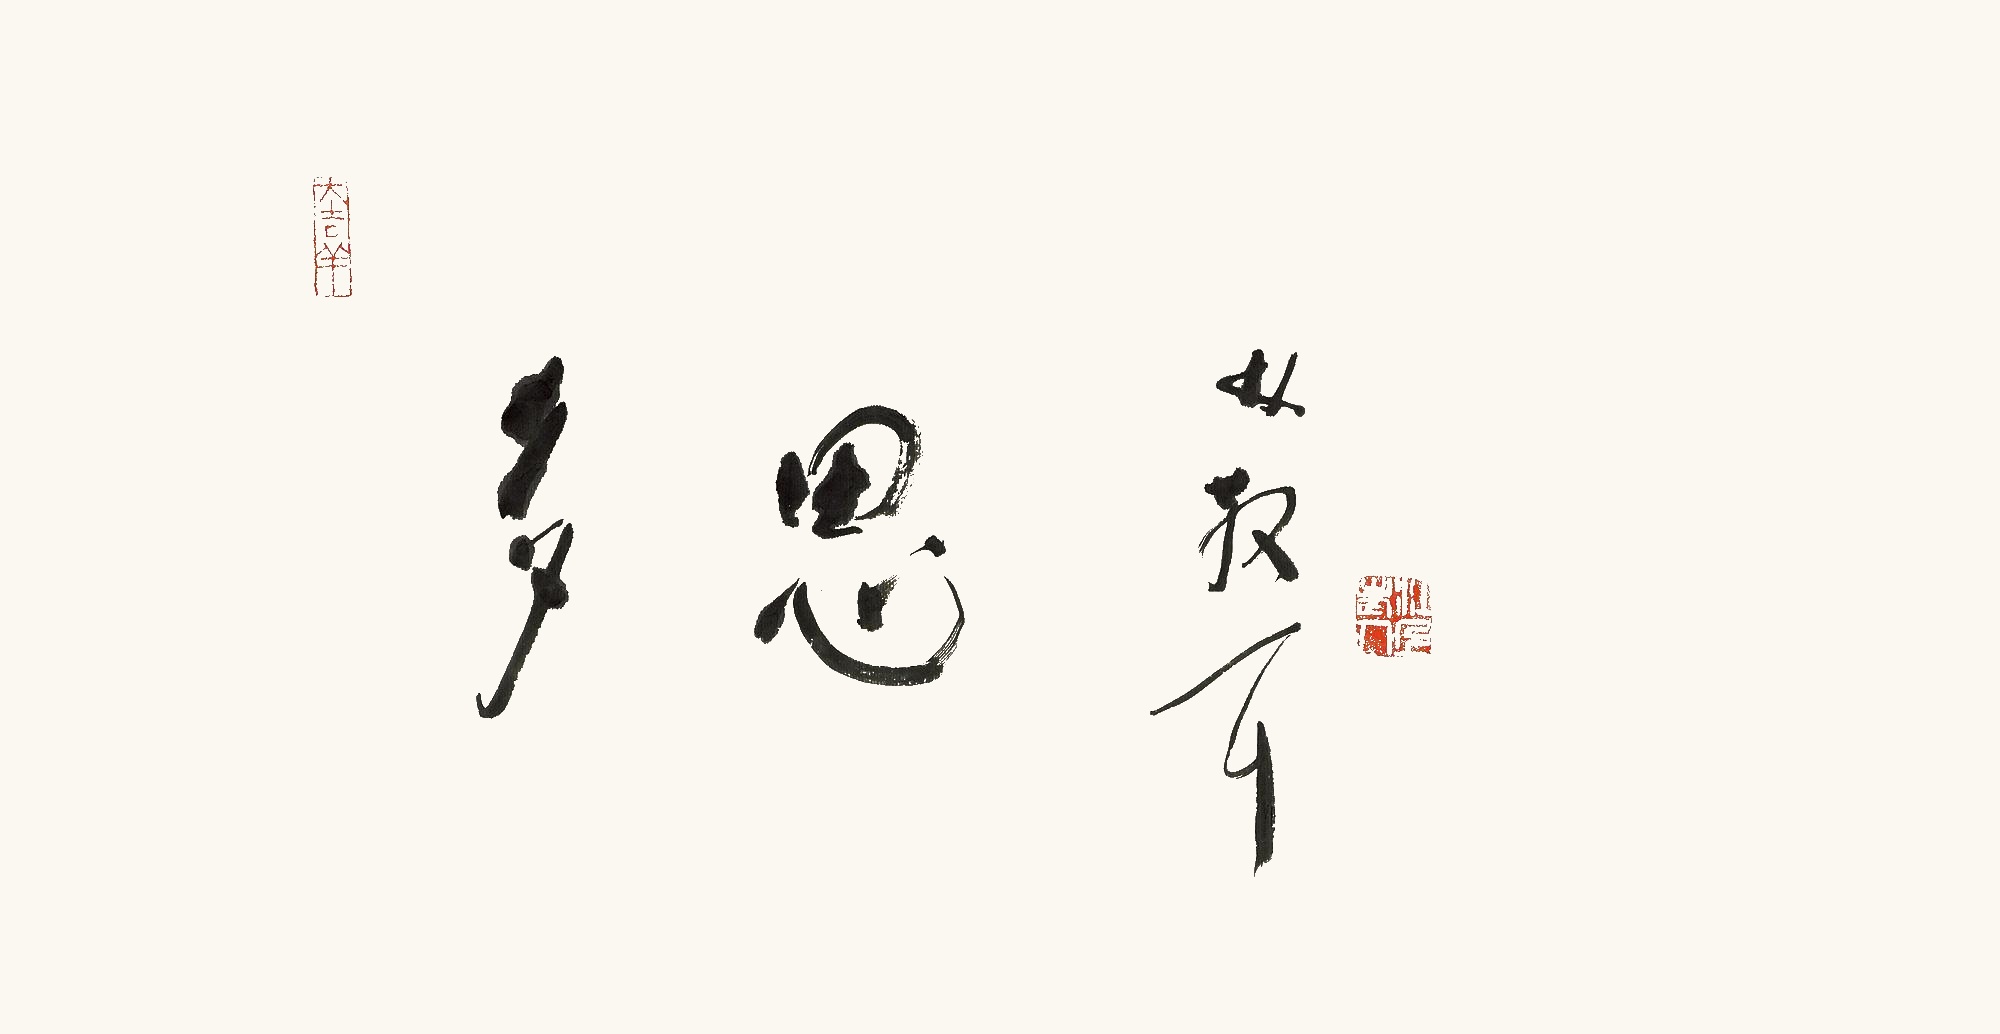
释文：多思林散耳。